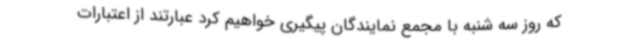
که روز سه شنبه با مجمع نمایندگان پیگیری خواهیم کرد عبارتند از اعتبارات